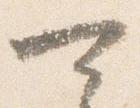
可